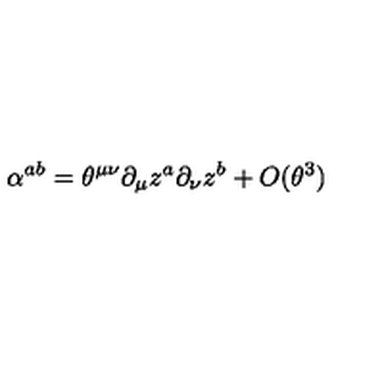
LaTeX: \alpha ^ { a b } = \theta ^ { \mu \nu } \partial _ { \mu } z ^ { a } \partial _ { \nu } z ^ { b } + O ( \theta ^ { 3 } )